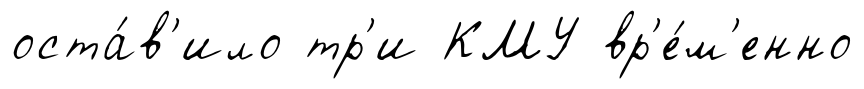
оста́в'ило тр'и КМУ вр'е́м'енно